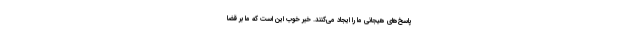
پاسخ‌های هیجانی ما را ایجاد می‌کنند. خبر خوب این است که ما بر قضا